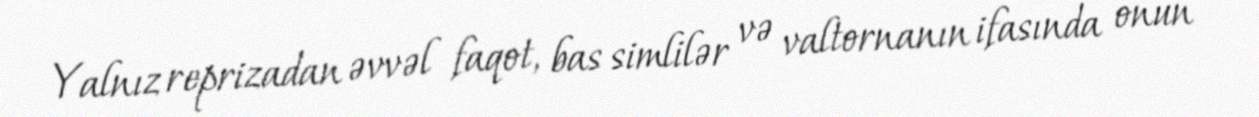
Yalnız reprizadan əvvəl faqot, bas simlilər və valtornanın ifasında onun